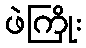
ဖဲကြိုး